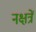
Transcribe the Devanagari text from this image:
नक्षत्रें